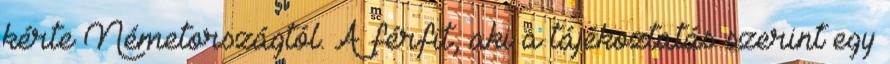
kérte Németországtól. A férfit, aki a tájékoztatás szerint egy